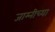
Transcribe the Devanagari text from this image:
जाम्नीच्या